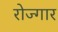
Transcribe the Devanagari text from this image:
रोज्गार